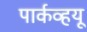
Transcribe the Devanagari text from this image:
पार्कव्हयू